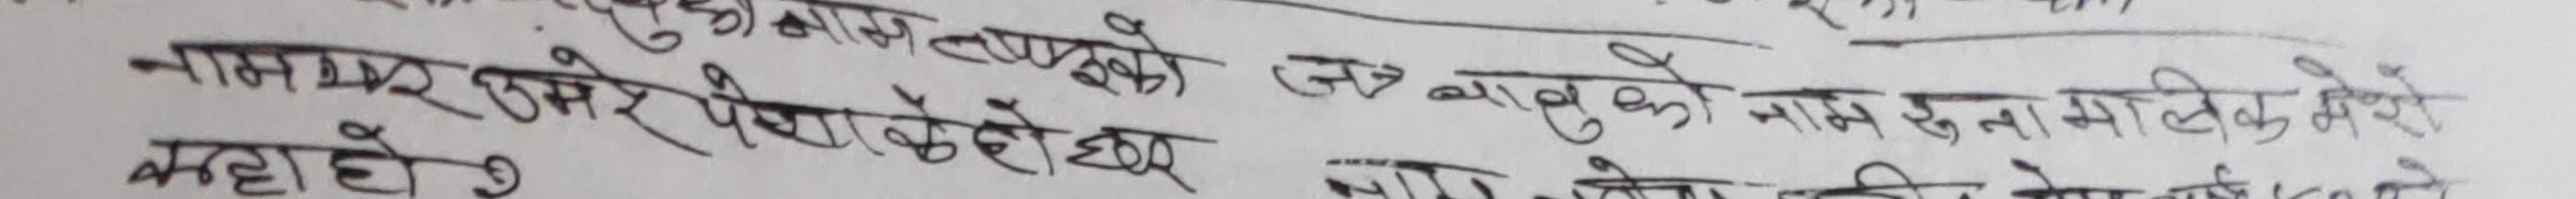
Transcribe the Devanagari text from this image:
नामयर उमेरे पेशा के हो छर
कहाहोर